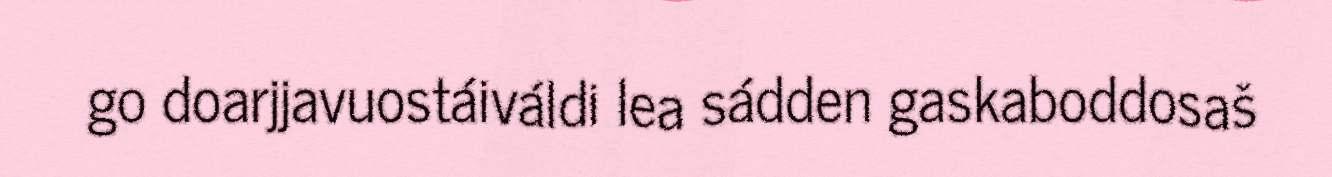
go doarjjavuostáiváldi lea sádden gaskaboddosaš